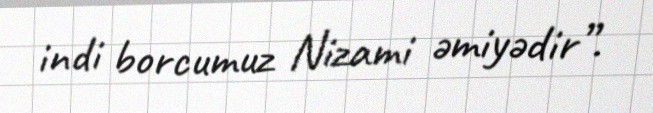
indi borcumuz Nizami əmiyədir”.